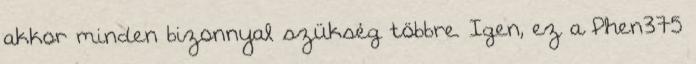
akkor minden bizonnyal szükség többre. Igen, ez a Phen375